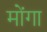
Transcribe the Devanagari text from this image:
मोंगा